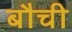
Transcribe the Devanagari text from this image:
बौची